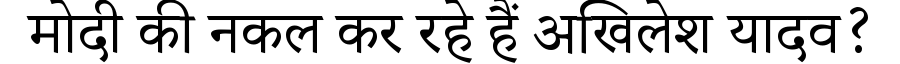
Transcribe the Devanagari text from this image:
मोदी की नकल कर रहे हैं अखिलेश यादव?